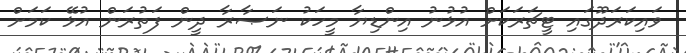
ވައިކަރަދޫގައި ޓީޗަރަކަށް އުޅުނު އިންޑިޔާ މީހަކު ނަޞާރާ ދީން ފަތުރަން އުޅޭ ކަމަށް